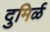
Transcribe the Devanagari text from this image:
दुमिर्ळ